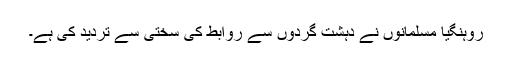
روہنگیا مسلمانوں نے دہشت گردوں سے روابط کی سختی سے تردید کی ہے۔